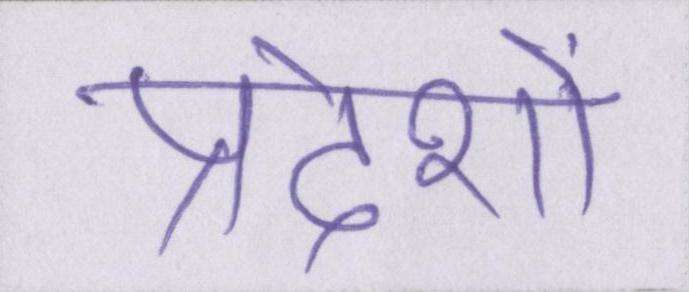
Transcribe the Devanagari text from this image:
प्रदेशों